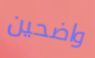
واضحين